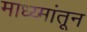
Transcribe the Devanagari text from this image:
माध्य्मांतून